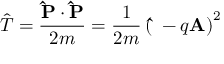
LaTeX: { \hat { T } } = { \frac { \mathbf { \hat { P } } \cdot \mathbf { \hat { P } } } { 2 m } } = { \frac { 1 } { 2 m } } \left( \mathbf { \hat { \Pi } } - q \mathbf { A } \right) ^ { 2 }